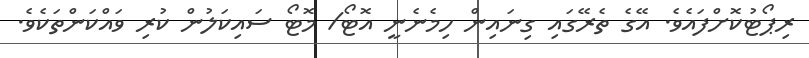
ރިޕޯޓުކޮށްފައެވެ. އޭގެ ތެރޭގައި ގިނައިން ހިމެނެނީ އޮޓޯ/ މޮޓޯ ސައިކަލުން ކުރި ވައްކަންތަކެވެ.